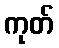
ကုတ်